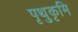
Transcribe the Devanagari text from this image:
पृथुकृमि